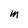
Character: M